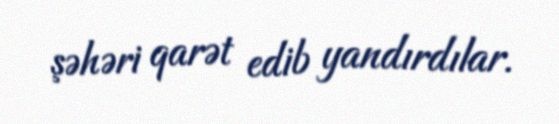
şəhəri qarət edib yandırdılar.